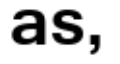
as,